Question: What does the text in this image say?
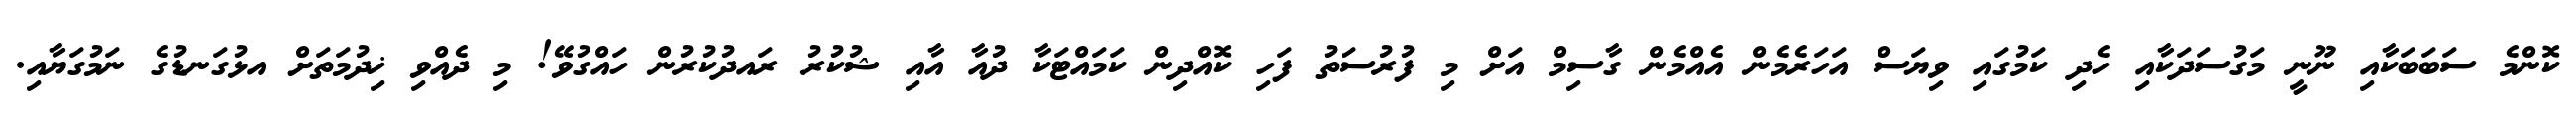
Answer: ކޮންމެ ސަބަބަކާއި ނޫނީ މަގުސަދަކާއި ހެދި ކަމުގައި ވިޔަސް އަހަރެމެން އެއްމެން ގާސިމް އަށް މި ފުރުސަތު ފަހި ކޮއްދިން ކަމައްޓަކާ ދުއާ އާއި ޝުކުރު ރައދުކުރުން ހައްގުވޭ! މި ދެއްވި ޚިދުމަތަށް އޅުގަނޑުގެ ނަމުގަޔާއި.